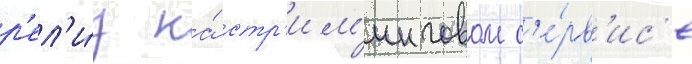
р'ел'и́з на́ стр'им'инговом с'е́рв'ис'е